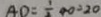
A D = \frac { 1 } { 2 } A O = 2 0